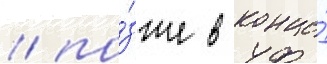
/ по́зже в конце́